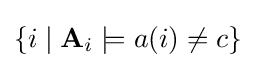
\{i\mid {\textbf {A}}_{i}\models a(i)\neq c\}